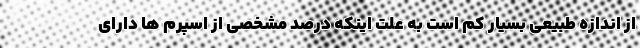
از اندازه طبیعی بسیار کم است به علت اینکه درصد مشخصی از اسپرم ها دارای